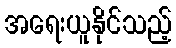
အရေးယူနိုင်သည့်